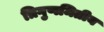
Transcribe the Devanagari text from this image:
त्रिगुणमितीय